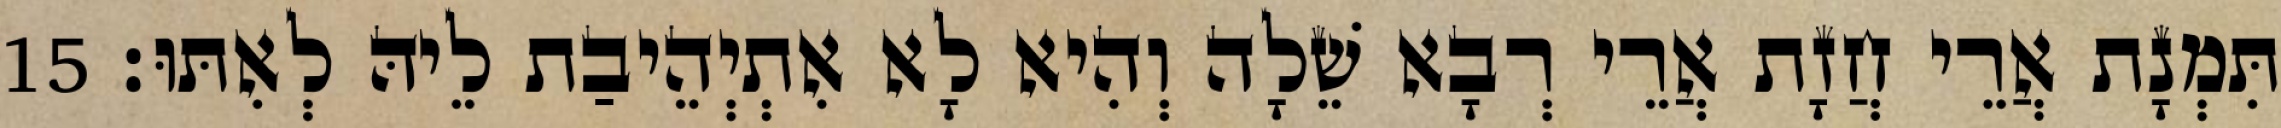
תִּמְנָת אֲרֵי חֲזָת אֲרֵי רְבָא שֵׁלָה וְהִיא לָא אִתְיְהֵיבַת לֵיהּ לְאִתּוּ׃ 15